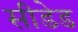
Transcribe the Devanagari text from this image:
सीडेड